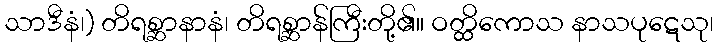
သာဒီနံ၊) တိရစ္ဆာနာနံ၊ တိရစ္ဆာန်ကြီးတို့၏။ ဝတ္ထိကောသ နာသပုဋေသု၊